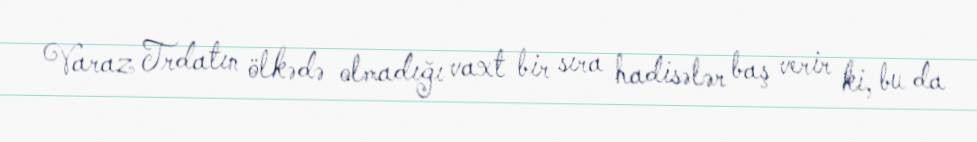
Varaz Trdatın ölkədə olmadığı vaxt bir sıra hadisələr baş verir ki, bu da